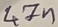
Text: 47n